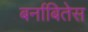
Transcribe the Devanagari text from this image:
बर्नाबितेस